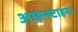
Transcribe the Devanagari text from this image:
आइन्स्टाइन।